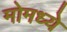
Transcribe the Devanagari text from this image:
मोमध्ये